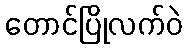
တောင်ပြိုလက်ဝဲ